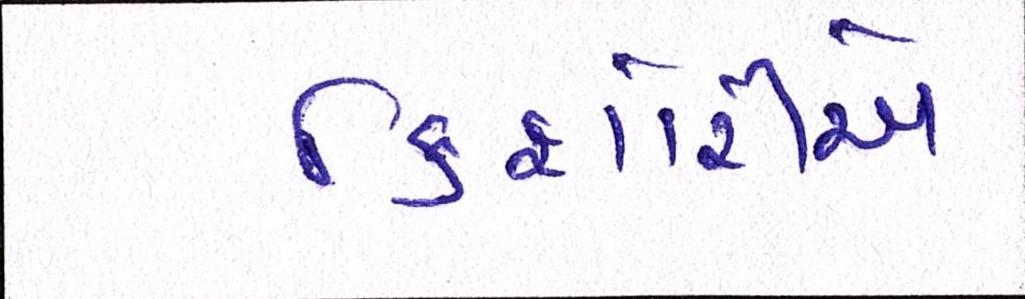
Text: કિશોરીએ